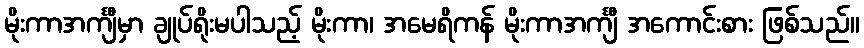
မိုးကာအင်္ကျီမှာ ချုပ်ရိုးမပါသည့် မိုးကာ၊ အမေရိကန် မိုးကာအင်္ကျီ အကောင်းစား ဖြစ်သည်။